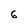
Character: 6